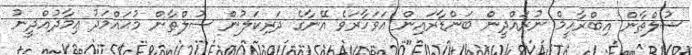
ސުލްޠާން އިބްރާހީމް ނުރައްދީން ބަންޑާރައިން އަވަހާރަވެ އޭނާގެ ދަރިކަލުން ސުލްޠާން މުޙައްމަދު ޢިމާދުއްދީނު